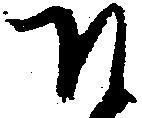
そ